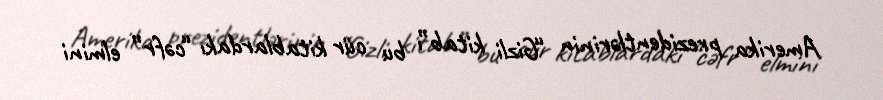
Amerika prezidentlərinin “Gizli kitab”ı bu cür kitablardakı “cəfr” elmini